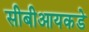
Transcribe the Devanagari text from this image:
सीबीआयकडे